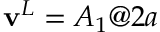
\mathbf { v } ^ { L } = A _ { 1 } @ 2 a